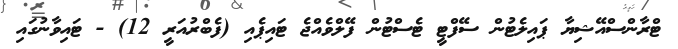
ޓްރާންސްއޭޝިޔާ ޕައިލެޓުން ސޭފްޓީ ޓެސްޓުން ފޭލްވެއްޖެ ޓައިޕެއި (ފެބްރުއަރީ 12) - ޓައިވާނުގައި